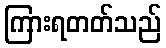
ကြားရတတ်သည်